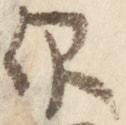
仰